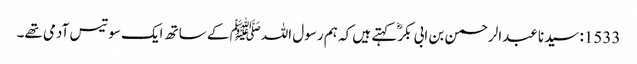
1533: سیدنا عبدالرحمن بن ابی بکرؓ کہتے ہیں کہ ہم رسول اللہﷺ کے ساتھ ایک سو تیس آدمی تھے۔